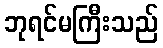
ဘုရင်မကြီးသည်